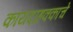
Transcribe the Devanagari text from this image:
कायदाहक्काचे